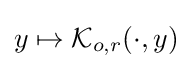
y\mapsto {\mathcal {K}}_{o,r}(\cdot ,y)